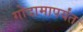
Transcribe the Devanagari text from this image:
गोदामापर्यंत